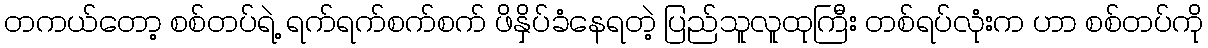
တကယ်တော့ စစ်တပ်ရဲ့ ရက်ရက်စက်စက် ဖိနှိပ်ခံနေရတဲ့ ပြည်သူလူထုကြီး တစ်ရပ်လုံးက ဟာ စစ်တပ်ကို